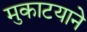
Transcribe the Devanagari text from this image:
मुकाटयाने